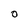
Character: 0